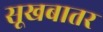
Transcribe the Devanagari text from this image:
सूखबातर